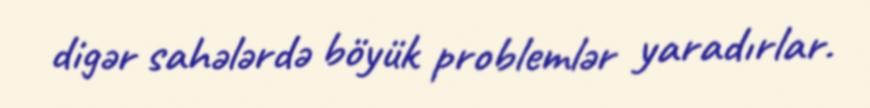
digər sahələrdə böyük problemlər yaradırlar.